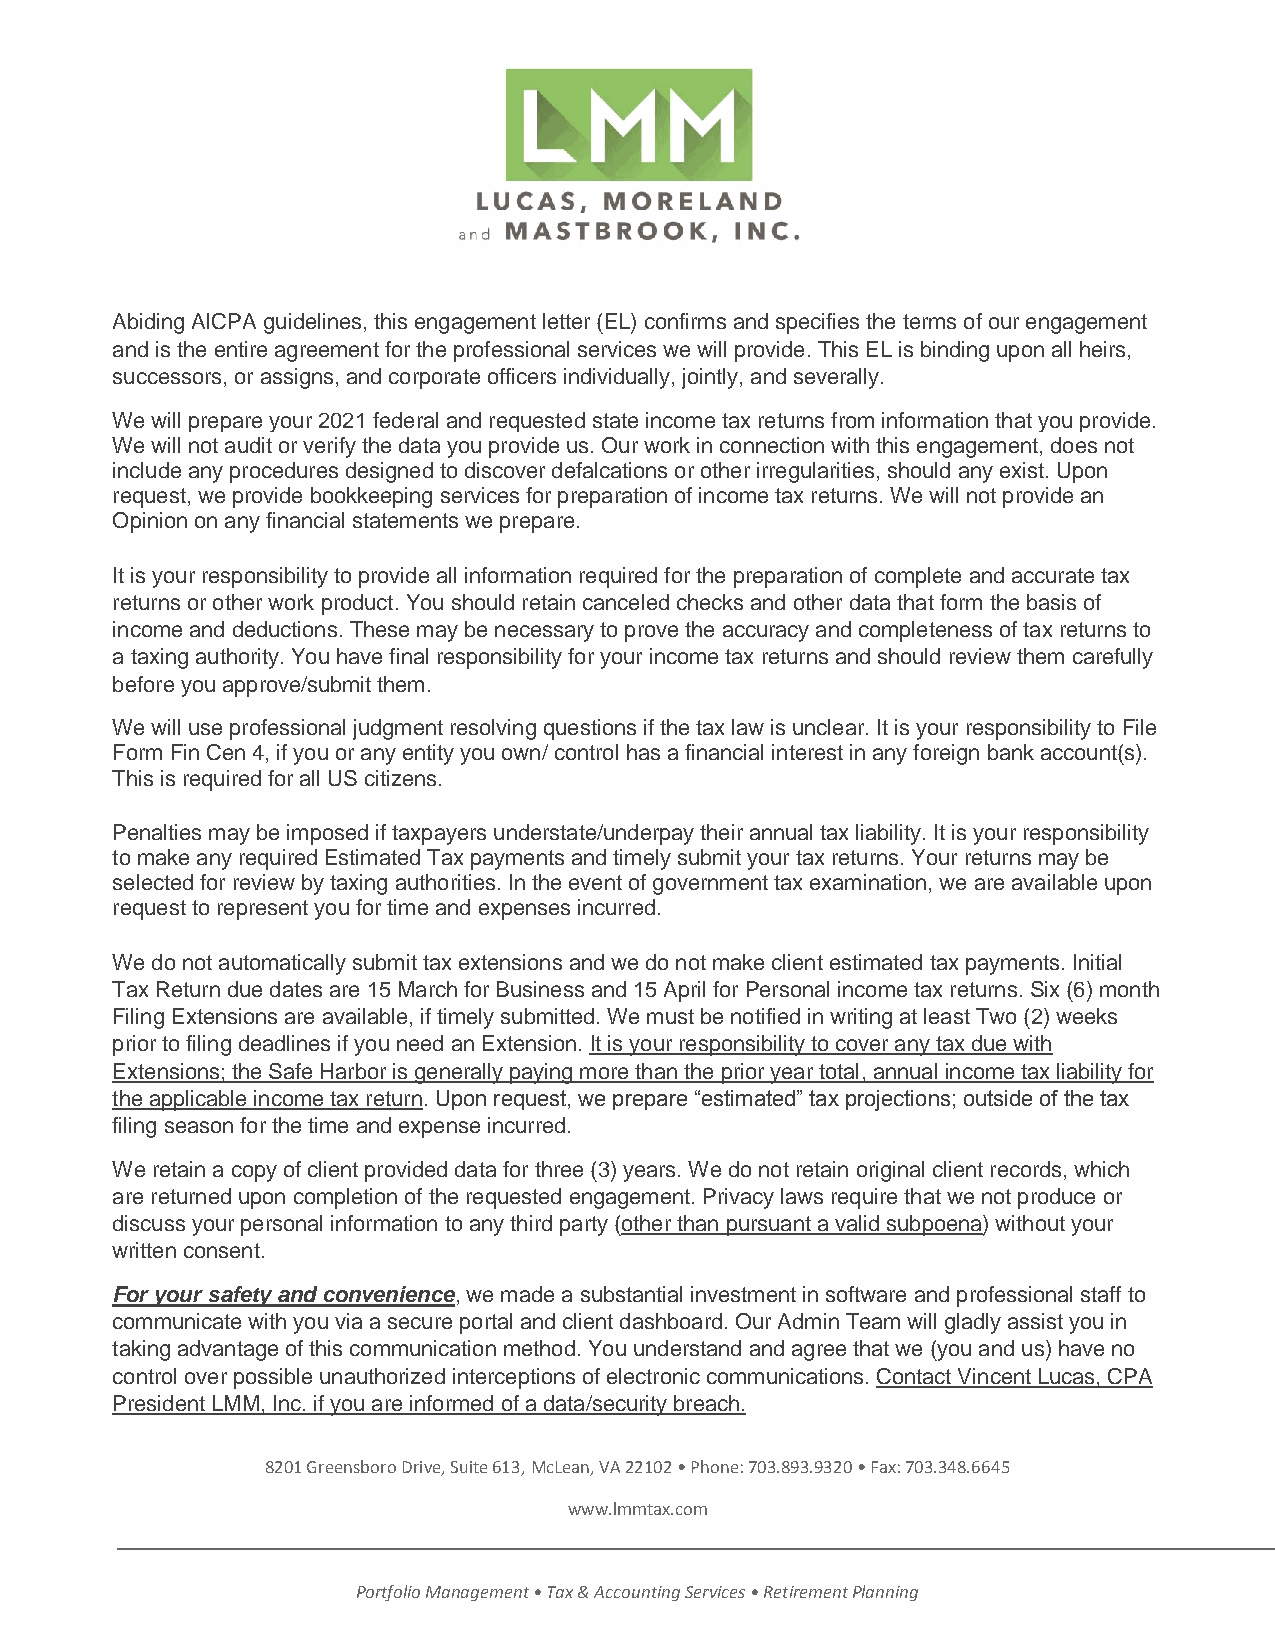
Abiding AICPA guidelines, this engagement letter (EL) confirms and specifies the terms of our engagement
 and is the entire agreement for the professional services we will provide. This EL is binding upon all heirs,
 successors, or assigns, and corporate officers individually, jointly, and severally.
 We will prepare your 2021 federal and requested state income tax returns from information that you provide.
 We will not audit or verify the data you provide us. Our work in connection with this engagement, does not
 include any procedures designed to discover defalcations or other irregularities, should any exist. Upon
 request, we provide bookkeeping services for preparation of income tax returns. We will not provide an
 Opinion on any financial statements we prepare.
 It is your responsibility to provide all information required for the preparation of complete and accurate tax
 returns or other work product. You should retain canceled checks and other data that form the basis of
 income and deductions. These may be necessary to prove the accuracy and completeness of tax returns to
 a taxing authority. You have final responsibility for your income tax returns and should review them carefully
 before you approve/submit them.
 We will use professional judgment resolving questions if the tax law is unclear. It is your responsibility to File
 Form Fin Cen 4, if you or any entity you own/ control has a financial interest in any foreign bank account(s).
 This is required for all US citizens.
 Penalties may be imposed if taxpayers understate/underpay their annual tax liability. It is your responsibility
 to make any required Estimated Tax payments and timely submit your tax returns. Your returns may be
 selected for review by taxing authorities. In the event of government tax examination, we are available upon
 request to represent you for time and expenses incurred.
 We do not automatically submit tax extensions and we do not make client estimated tax payments. Initial
 Tax Return due dates are 15 March for Business and 15 April for Personal income tax returns. Six (6) month
 Filing Extensions are available, if timely submitted. We must be notified in writing at least Two (2) weeks
 prior to filing deadlines if you need an Extension. It is your responsibility to cover any tax due with
 Extensions; the Safe Harbor is generally paying more than the prior year total, annual income tax liability for
 the applicable income tax return. Upon request, we prepare “estimated” tax projections; outside of the tax
 filing season for the time and expense incurred.
 We retain a copy of client provided data for three (3) years. We do not retain original client records, which
 are returned upon completion of the requested engagement. Privacy laws require that we not produce or
 discuss your personal information to any third party (other than pursuant a valid subpoena) without your
 written consent.
 For your safety and convenience, we made a substantial investment in software and professional staff to
 communicate with you via a secure portal and client dashboard. Our Admin Team will gladly assist you in
 taking advantage of this communication method. You understand and agree that we (you and us) have no
 control over possible unauthorized interceptions of electronic communications. Contact Vincent Lucas, CPA
 President LMM, Inc. if you are informed of a data/security breach.
 8201 Greensboro Drive, Suite 613, McLean, VA 22102 • Phone: 703.893.9320 • Fax: 703.348.6645
 www.lmmtax.com
 Portfolio Management • Tax & Accounting Services • Retirement Planning